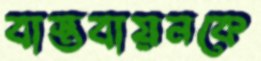
বাস্তবায়নকে